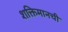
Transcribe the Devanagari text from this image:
शक्तिमानची